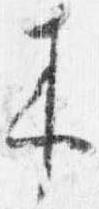
来